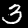
Digit: 3